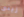
رينى